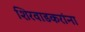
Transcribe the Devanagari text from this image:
शिरवाडकरांना